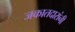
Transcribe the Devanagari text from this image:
जकातदारांनी